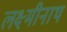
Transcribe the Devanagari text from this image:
लक्ष्मीनाथ